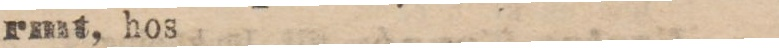
rmt, hos